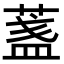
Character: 𦶻